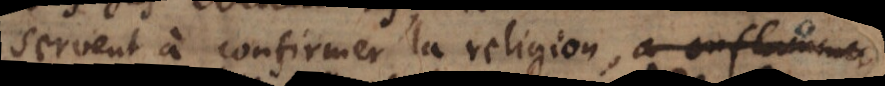
servent à confirmer la religion, à dissiper